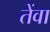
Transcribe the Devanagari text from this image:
तेंवा